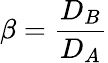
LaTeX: \beta=\frac{D_{B}}{D_{A}}